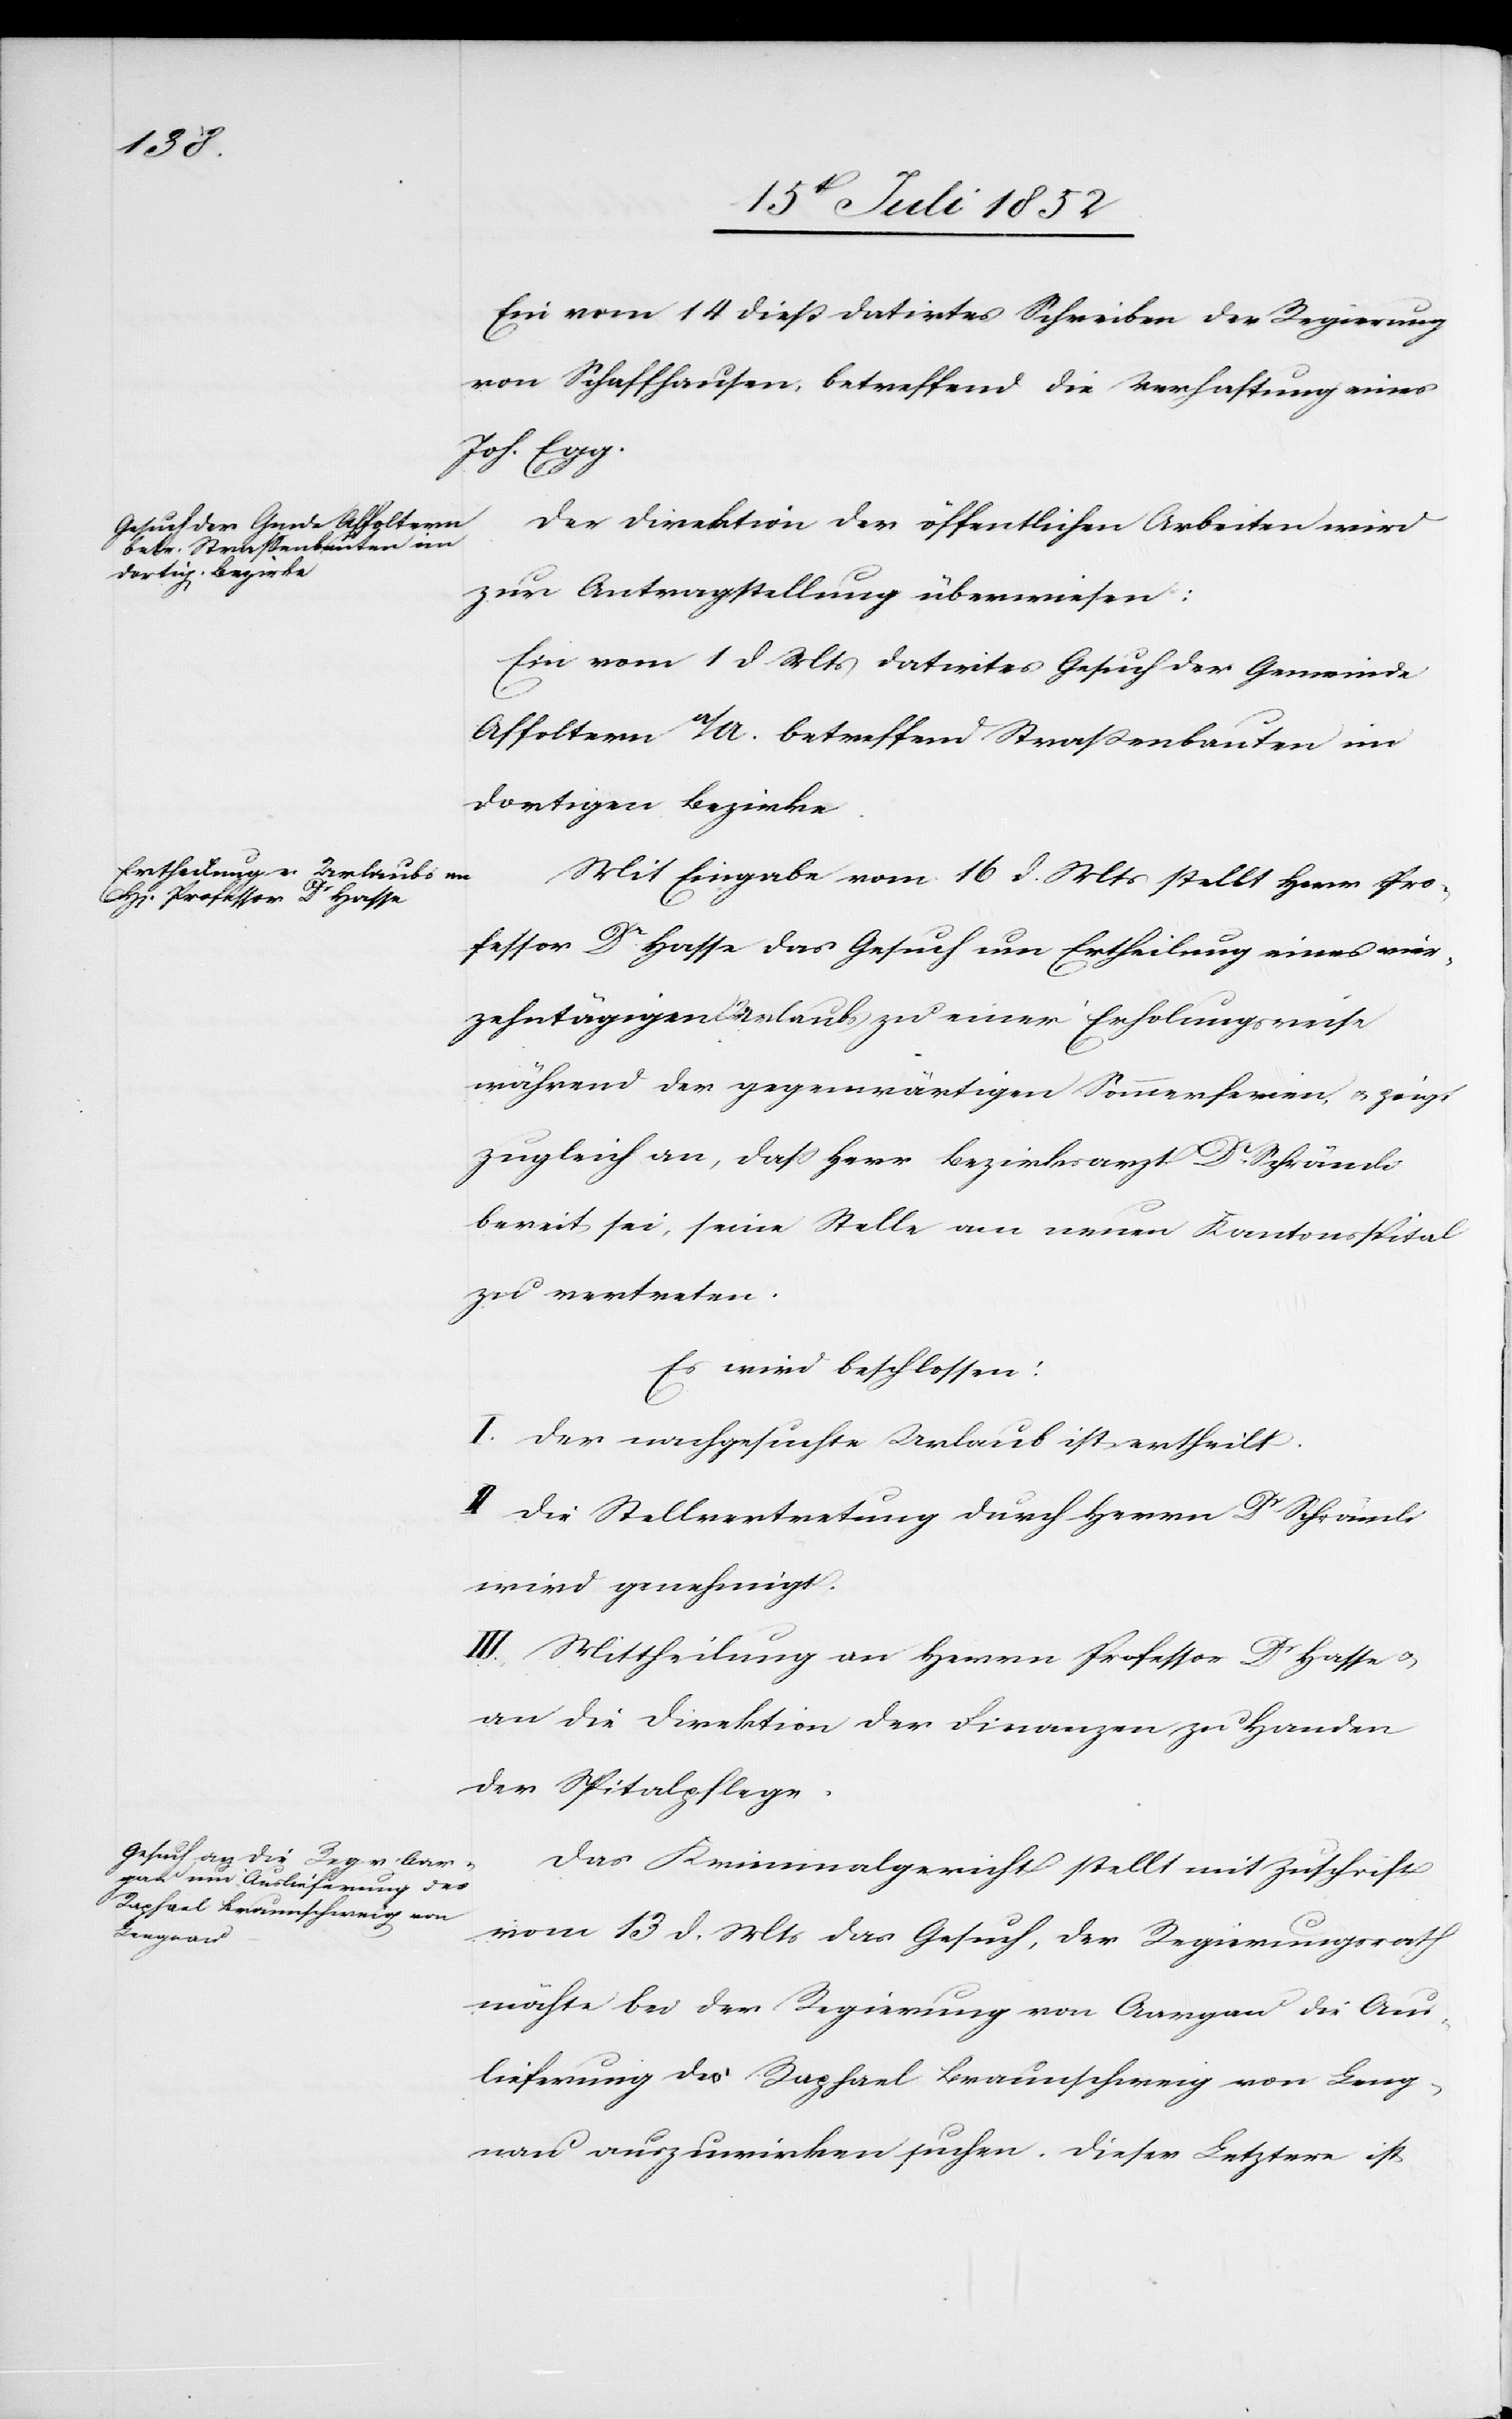
17. Juli 1852]
Ein vom 14 dieß datirtes Schreiben der Regierung
von Schaffhausen, betreffend die Verhaftung eines
Joh. Egg.
Der Direktion der öffentlichen Arbeiten wird
zur Antragstellung überwiesen:
Ein vom 1 d Mts datirtes Gesuch der Gemeinde
Affoltern a/A. betreffend Straßenbauten im
dortigen Bezirke.
Mit Eingabe vom 16 d. Mts stellt Herr Pro¬
fessor Dr. Hasse das Gesuch um Ertheilung eines vier¬
zehntägigen Urlaubs zu einer Erholungsreise
während der gegenwärtigen Sommerferien, & zeigt
zugleich an, dass Herr Bezirksarzt Dr. Schrämli
bereit sei, seine Stelle am neuen Kantonsspital
zu vertreten.
Es wird beschlossen:
I. Der nachgesuchte Urlaub ist ertheilt.
II Die Stellvertretung durch Herrn Dr Schrämli
wird genehmigt.
III., Mittheilung an Herrn Professor Dr Hasse &
an die Direktion der Finanzen zu Handen
der Spitalpflege.
Das Kriminalgericht stellt mit Zuschrift
vom 13 d. Mts das Gesuch, der Regierungsrath
möchte bei der Regierung von Aargau die Aus¬
lieferung des Raphael Braunschweig von Leng¬
nau auszuwirken suchen. Dieser Letztere ist